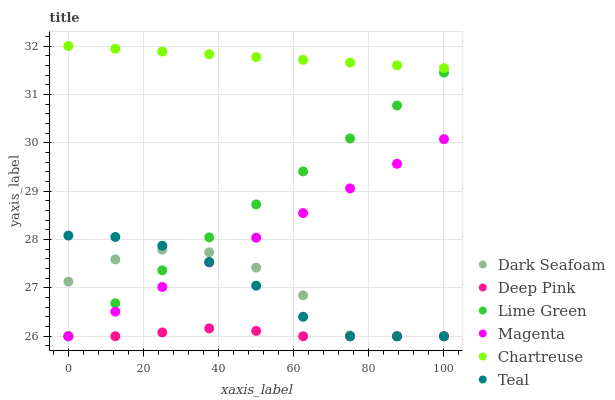
| xaxis_label | Dark Seafoam | Deep Pink | Lime Green | Magenta | Chartreuse | Teal |
 | --- | --- | --- | --- | --- | --- | --- |
 | 0 | 27.1 | 26 | 26 | 26 | 32 | 28.1 |
 | 12.5 | 27.6 | 26 | 26.7 | 26.5 | 31.9 | 28.1 |
 | 25 | 27.8 | 26.1 | 27.4 | 27 | 31.9 | 27.9 |
 | 37.5 | 27.7 | 26.2 | 28 | 27.5 | 31.8 | 27.5 |
 | 50 | 27.4 | 26.1 | 28.7 | 28 | 31.8 | 27 |
 | 62.5 | 26.8 | 26 | 29.4 | 28.5 | 31.7 | 26.4 |
 | 75 | 26 | 26 | 30.1 | 29.1 | 31.7 | 26 |
 | 87.5 | 26 | 26 | 30.8 | 29.6 | 31.6 | 26 |
 | 100 | 26 | 26 | 31.5 | 30.1 | 31.5 | 26 |